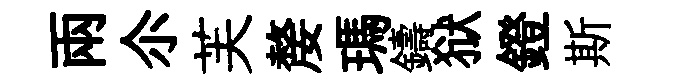
兩尒芙嫠瑪鑄狱鐙斯